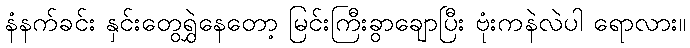
နံနက်ခင်း နှင်းတွေရွှဲနေတော့ မြင်းကြီးခွာချောပြီး ဗုံးကနဲလဲပါ ရောလား။